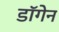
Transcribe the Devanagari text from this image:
डॉगेन